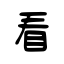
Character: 看